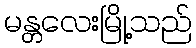
မန္တလေးမြို့သည်